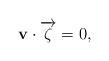
LaTeX: \begin{align*}\mathbf{v}\cdot \overrightarrow{\zeta}=0,\end{align*}